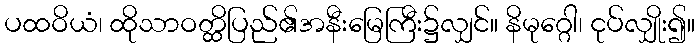
ပထဝိယံ၊ ထိုသာဝတ္ထိပြည်၏အနီးမြေကြီး၌လျှင်။ နိမုဂ္ဂေါ၊ ငုပ်လျှိုး၍။